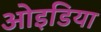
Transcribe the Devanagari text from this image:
ओइडिया